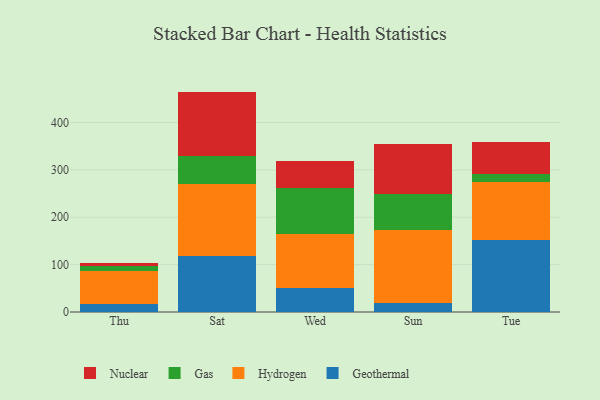
{"axis": {"x": "Day", "y": "Budget (USD K)"}, "legend": ["Gas", "Geothermal", "Hydrogen", "Nuclear"], "data": [{"x": "Thu", "y": 16.6, "type": "Geothermal"}, {"x": "Thu", "y": 70.8, "type": "Hydrogen"}, {"x": "Thu", "y": 9.7, "type": "Gas"}, {"x": "Thu", "y": 6.2, "type": "Nuclear"}, {"x": "Sat", "y": 119.2, "type": "Geothermal"}, {"x": "Sat", "y": 150.2, "type": "Hydrogen"}, {"x": "Sat", "y": 60.2, "type": "Gas"}, {"x": "Sat", "y": 135.6, "type": "Nuclear"}, {"x": "Wed", "y": 50.8, "type": "Geothermal"}, {"x": "Wed", "y": 114.7, "type": "Hydrogen"}, {"x": "Wed", "y": 95.7, "type": "Gas"}, {"x": "Wed", "y": 57.2, "type": "Nuclear"}, {"x": "Sun", "y": 19.4, "type": "Geothermal"}, {"x": "Sun", "y": 154.7, "type": "Hydrogen"}, {"x": "Sun", "y": 74.8, "type": "Gas"}, {"x": "Sun", "y": 105.7, "type": "Nuclear"}, {"x": "Tue", "y": 152.3, "type": "Geothermal"}, {"x": "Tue", "y": 122.4, "type": "Hydrogen"}, {"x": "Tue", "y": 17.3, "type": "Gas"}, {"x": "Tue", "y": 67.6, "type": "Nuclear"}]}